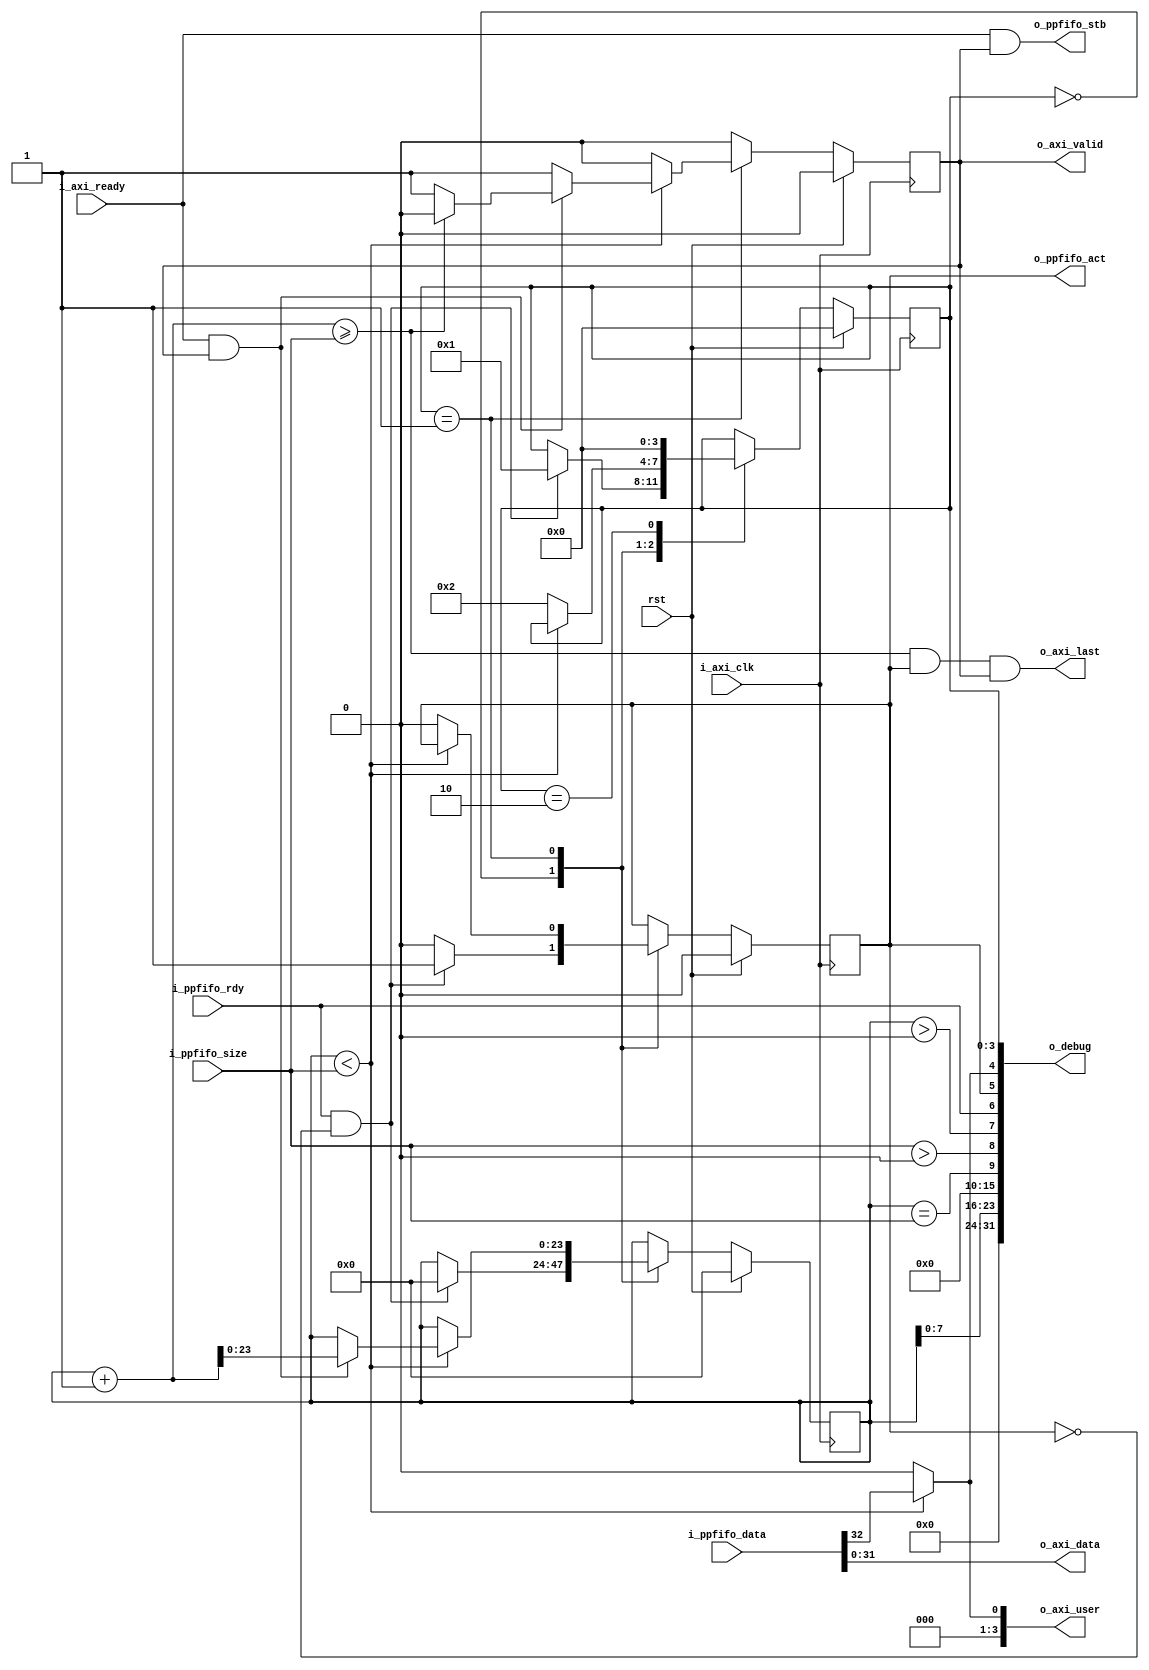
/*
Distributed under the MIT license.
Copyright (c) 2015 Dave McCoy (dave.mccoy@cospandesign.com)

Permission is hereby granted, free of charge, to any person obtaining a copy of
this software and associated documentation files (the "Software"), to deal in
the Software without restriction, including without limitation the rights to
use, copy, modify, merge, publish, distribute, sublicense, and/or sell copies
of the Software, and to permit persons to whom the Software is furnished to do
so, subject to the following conditions:

The above copyright notice and this permission notice shall be included in all
copies or substantial portions of the Software.

THE SOFTWARE IS PROVIDED "AS IS", WITHOUT WARRANTY OF ANY KIND, EXPRESS OR
IMPLIED, INCLUDING BUT NOT LIMITED TO THE WARRANTIES OF MERCHANTABILITY,
FITNESS FOR A PARTICULAR PURPOSE AND NONINFRINGEMENT. IN NO EVENT SHALL THE
AUTHORS OR COPYRIGHT HOLDERS BE LIABLE FOR ANY CLAIM, DAMAGES OR OTHER
LIABILITY, WHETHER IN AN ACTION OF CONTRACT, TORT OR OTHERWISE, ARISING FROM,
OUT OF OR IN CONNECTION WITH THE SOFTWARE OR THE USE OR OTHER DEALINGS IN THE
SOFTWARE.
*/

/*
 * Description:
 *  Tranlates data from a Ping Pong FIFO to an AXI Stream
 *
 * Changes:     Who?  What?
 *  04/06/2017: DFM   Initial check in.
 *  04/06/2017: DFM   Added count so that the 'last' will not be strobed until
 *                    all is sent.
 */


`timescale 1ps / 1ps

module adapter_ppfifo_2_axi_stream #(
  parameter                                     DATA_WIDTH          = 32,
  parameter                                     STROBE_WIDTH        = DATA_WIDTH / 8,
  parameter                                     USE_KEEP            = 0
)(
  input                                         rst,

  //Ping Poing FIFO Read Interface
  input                                         i_ppfifo_rdy,
  output  reg                                   o_ppfifo_act,
  input       [23:0]                            i_ppfifo_size,
  input       [(DATA_WIDTH + 1) - 1:0]          i_ppfifo_data,
  output                                        o_ppfifo_stb,

  //AXI Stream Output

  input                                         i_axi_clk,
  output      [3:0]                             o_axi_user,
  input                                         i_axi_ready,
  output      [DATA_WIDTH - 1:0]                o_axi_data,
  output                                        o_axi_last,
  output  reg                                   o_axi_valid,

  output      [31:0]                            o_debug
);

//local parameters
localparam      IDLE        = 0;
localparam      READY       = 1;
localparam      RELEASE     = 2;

//registes/wires
reg     [3:0]               state;
reg     [23:0]              r_count;

//submodules
//asynchronous logic
assign  o_axi_data      = i_ppfifo_data[DATA_WIDTH - 1: 0];
assign  o_ppfifo_stb    = (i_axi_ready & o_axi_valid);

assign  o_axi_user[0]   = (r_count < i_ppfifo_size) ? i_ppfifo_data[DATA_WIDTH] : 1'b0;
assign  o_axi_user[3:1] = 3'h0;

assign  o_axi_last      = ((r_count + 1) >= i_ppfifo_size) & o_ppfifo_act  & o_axi_valid;
//synchronous logic

assign  o_debug[3:0]    = state;
assign  o_debug[4]      = (r_count < i_ppfifo_size) ? i_ppfifo_data[DATA_WIDTH]: 1'b0;
assign  o_debug[5]      = o_ppfifo_act;
assign  o_debug[6]      = i_ppfifo_rdy;
assign  o_debug[7]      = (r_count > 0);
assign  o_debug[8]      = (i_ppfifo_size > 0);
assign  o_debug[9]      = (r_count == i_ppfifo_size);
assign  o_debug[15:10]  = 0;
assign  o_debug[23:16]  = r_count[7:0];
assign  o_debug[31:24]  = 0;

always @ (posedge i_axi_clk) begin
  o_axi_valid           <=  0;

  if (rst) begin
    state               <=  IDLE;
    o_ppfifo_act        <=  0;
    r_count             <=  0;
  end
  else begin
    case (state)
      IDLE: begin
        o_ppfifo_act    <=  0;
        if (i_ppfifo_rdy && !o_ppfifo_act) begin
          r_count       <=  0;
          o_ppfifo_act  <=  1;
          state         <=  READY;
        end
      end
      READY: begin
        if (r_count < i_ppfifo_size) begin
          o_axi_valid         <=  1;
          if (i_axi_ready && o_axi_valid) begin
            r_count         <= r_count + 1;
            if ((r_count + 1) >= i_ppfifo_size) begin
              o_axi_valid     <=  0;
            end
          end
        end
        else begin
          o_ppfifo_act      <=  0;
          state             <=  RELEASE;
        end
      end
      RELEASE: begin
        state               <=  IDLE;
      end
      default: begin
      end
    endcase
  end
end

endmodule